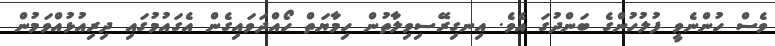
ވެސް ހުންނެވީ ފުލުހުންގެ ބަންދުގަ އެވެ. އިނގިރޭސިވިލާތުން ހިމާޔަތް ހޯއްދަވައިގެން އެގައުމުގައި ދިރިއުޅުއްވަމުން